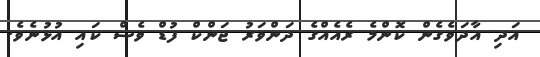
އަދި އާދަވެގެން ކޮންމެ ރެއެއްގެ ދަންވަރު ޖަންކް ފުޑް ވެސް ކައި އުޅުނެވެ.